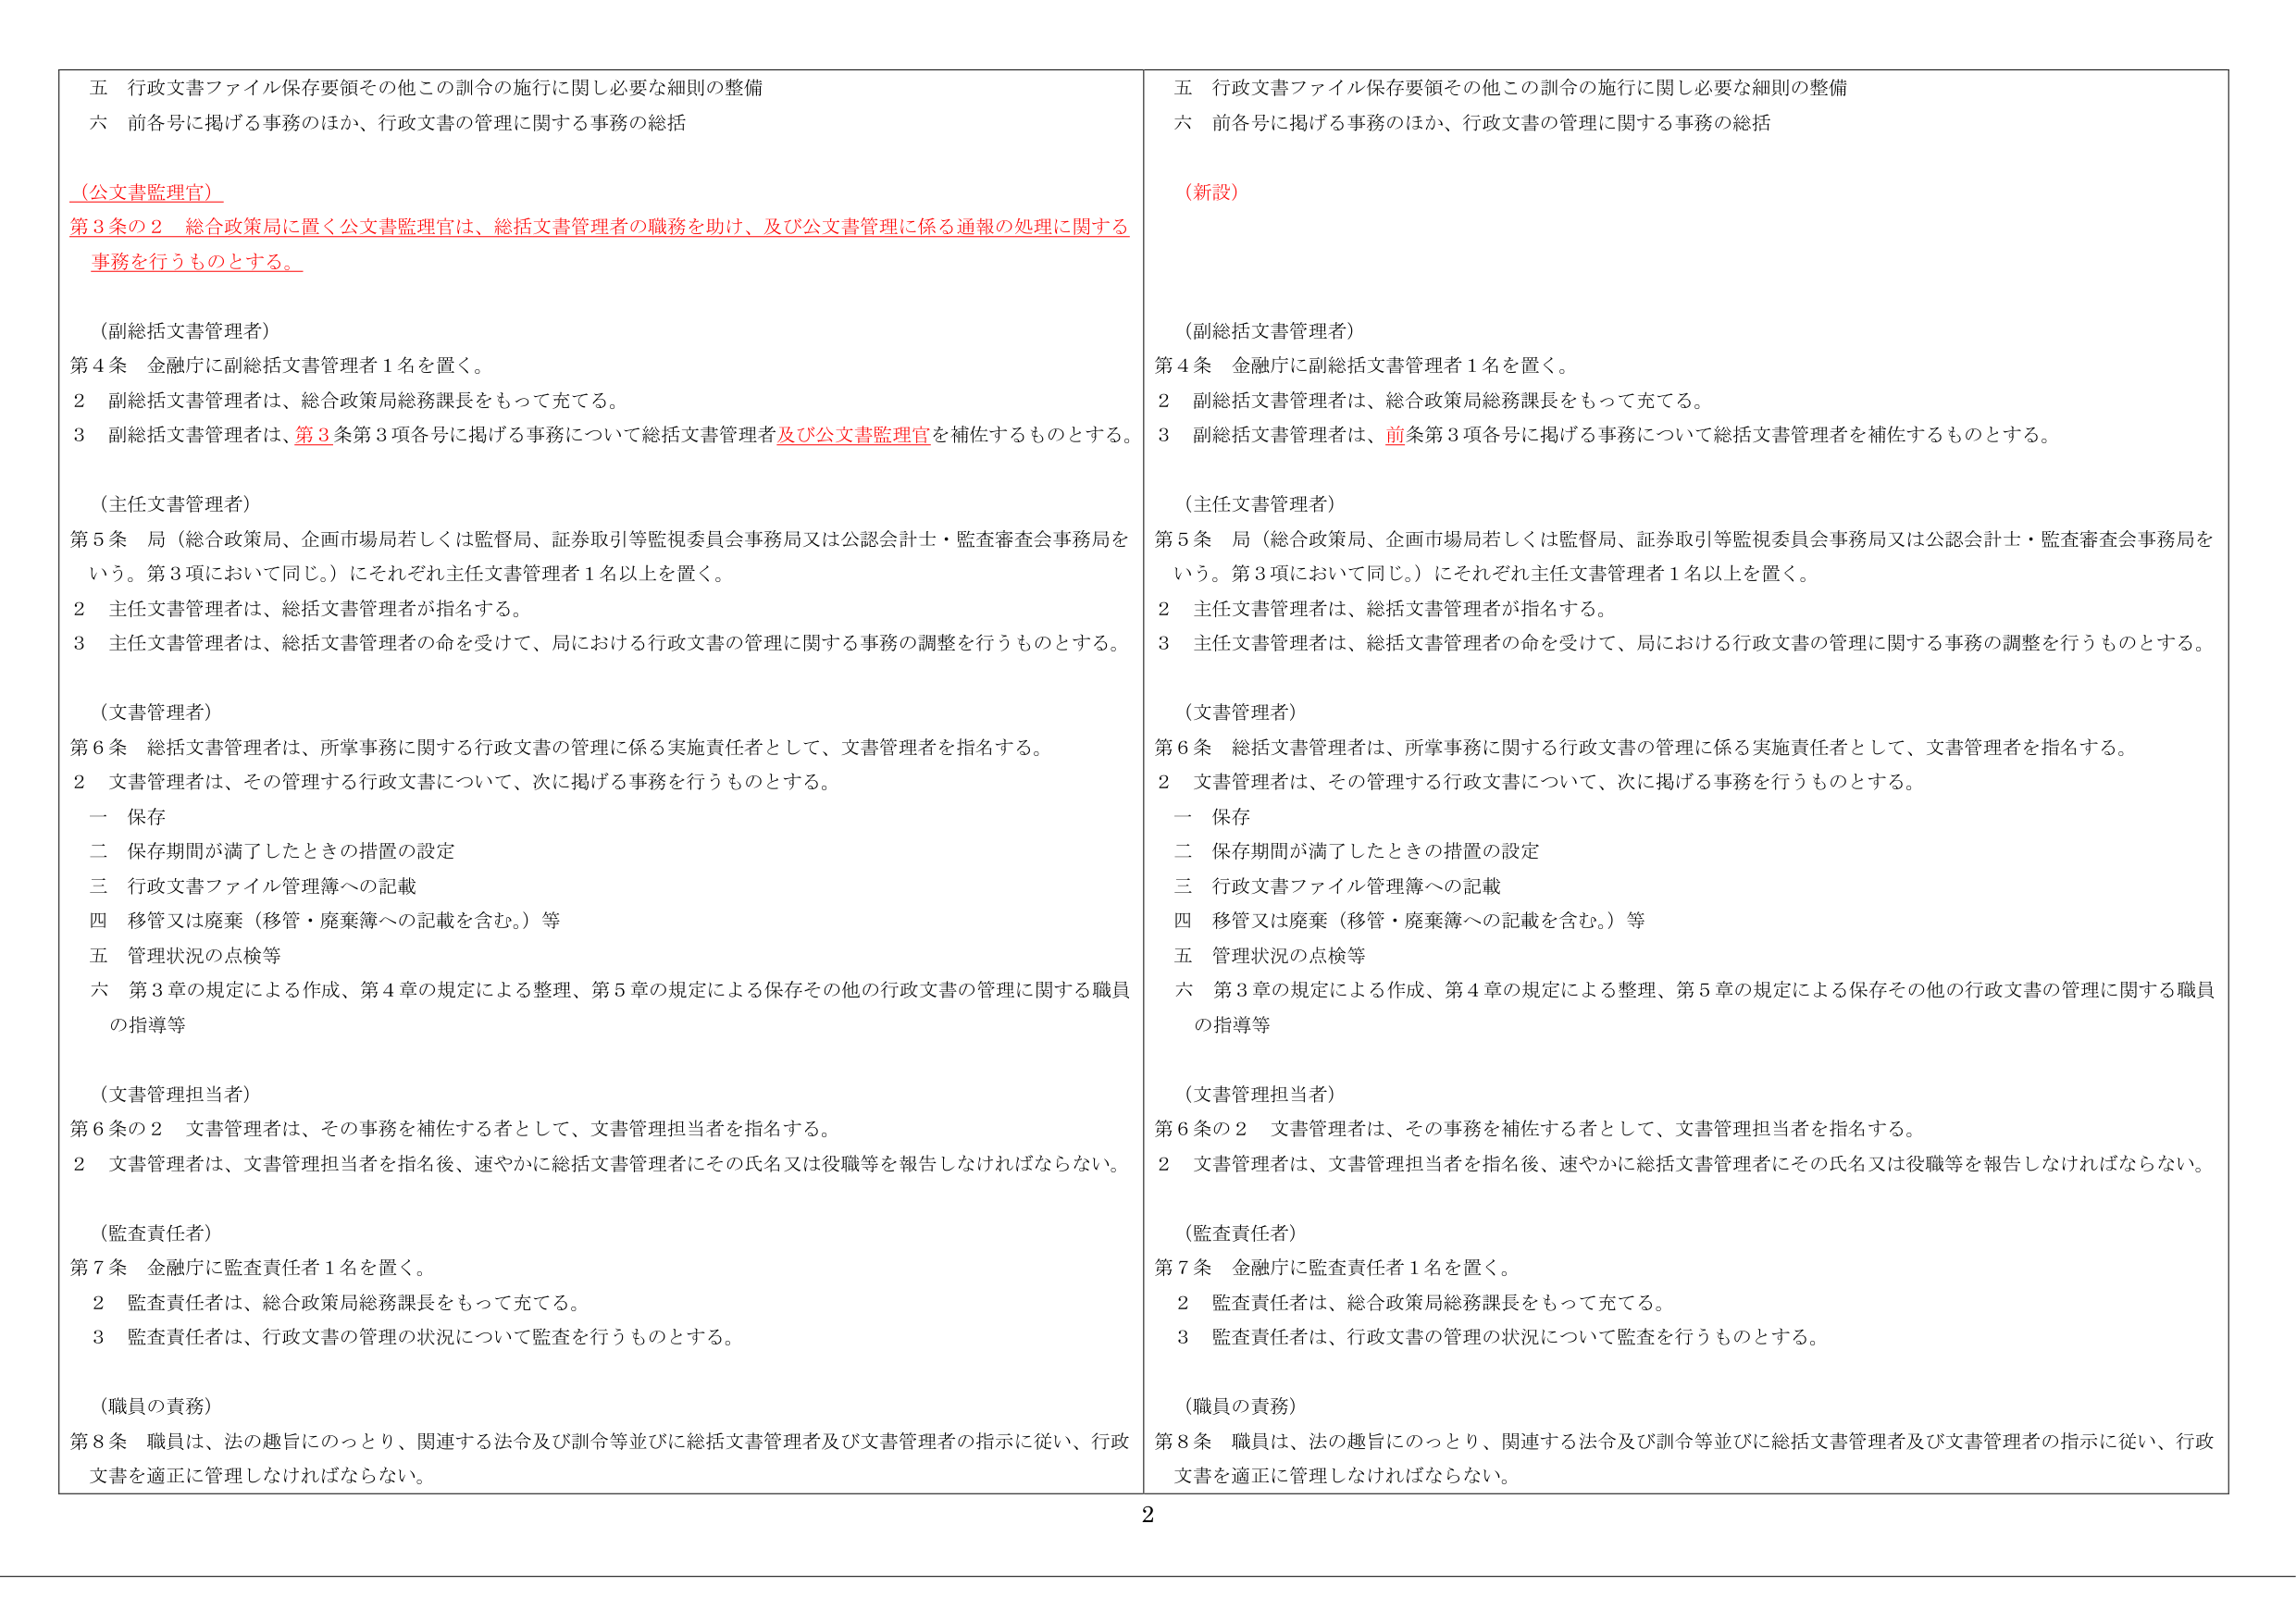
五 行政文書ファイル保存要領その他この訓令の施行に関し必要な細則の整備
六 前各号に掲げる事務のほか、行政文書の管理に関する事務の総括

（公文書監理官）
第3条の2 総合政策局に置く公文書監理官は、総括文書管理者の職務を助け、及び公文書管理に係る通報の処理に関する事務を行うものとする。

（副総括文書管理者）
第4条 金融庁に副総括文書管理者1名を置く。
2 副総括文書管理者は、総合政策局総務課長をもって充てる。
3 副総括文書管理者は、第3条第3項各号に掲げる事務について総括文書管理者及び公文書監理官を補佐するものとする。

（主任文書管理者）
第5条 局（総合政策局、企画市場局若しくは監督局、証券取引等監視委員会事務局又は公認会計士・監査審査会事務局をいう。第3項において同じ。）にそれぞれ主任文書管理者1名以上を置く。
2 主任文書管理者は、総括文書管理者が指名する。
3 主任文書管理者は、総括文書管理者の命を受けて、局における行政文書の管理に関する事務の調整を行うものとする。

（文書管理者）
第6条 総括文書管理者は、所掌事務に関する行政文書の管理に係る実施責任者として、文書管理者を指名する。
2 文書管理者は、その管理する行政文書について、次に掲げる事務を行うものとする。
　一 保存
　二 保存期間が満了したときの措置の設定
　三 行政文書ファイル管理簿への記載
　四 移管又は廃棄（移管・廃棄簿への記載を含む。）等
　五 管理状況の点検等
　六 第3章の規定による作成、第4章の規定による整理、第5章の規定による保存その他の行政文書の管理に関する職員の指導等

（文書管理担当者）
第6条の2 文書管理者は、その事務を補佐する者として、文書管理担当者を指名する。
2 文書管理者は、文書管理担当者を指名後、速やかに総括文書管理者にその氏名又は役職等を報告しなければならない。

（監査責任者）
第7条 金融庁に監査責任者1名を置く。
2 監査責任者は、総合政策局総務課長をもって充てる。
3 監査責任者は、行政文書の管理の状況について監査を行うものとする。

（職員の責務）
第8条 職員は、法の趣旨にのっとり、関連する法令及び訓令等並びに総括文書管理者及び文書管理者の指示に従い、行政文書を適正に管理しなければならない。

五 行政文書ファイル保存要領その他この訓令の施行に関し必要な細則の整備
六 前各号に掲げる事務のほか、行政文書の管理に関する事務の総括

（新設）

（副総括文書管理者）
第4条 金融庁に副総括文書管理者1名を置く。
2 副総括文書管理者は、総合政策局総務課長をもって充てる。
3 副総括文書管理者は、前条第3項各号に掲げる事務について総括文書管理者を補佐するものとする。

（主任文書管理者）
第5条 局（総合政策局、企画市場局若しくは監督局、証券取引等監視委員会事務局又は公認会計士・監査審査会事務局をいう。第3項において同じ。）にそれぞれ主任文書管理者1名以上を置く。
2 主任文書管理者は、総括文書管理者が指名する。
3 主任文書管理者は、総括文書管理者の命を受けて、局における行政文書の管理に関する事務の調整を行うものとする。

（文書管理者）
第6条 総括文書管理者は、所掌事務に関する行政文書の管理に係る実施責任者として、文書管理者を指名する。
2 文書管理者は、その管理する行政文書について、次に掲げる事務を行うものとする。
　一 保存
　二 保存期間が満了したときの措置の設定
　三 行政文書ファイル管理簿への記載
　四 移管又は廃棄（移管・廃棄簿への記載を含む。）等
　五 管理状況の点検等
　六 第3章の規定による作成、第4章の規定による整理、第5章の規定による保存その他の行政文書の管理に関する職員の指導等

（文書管理担当者）
第6条の2 文書管理者は、その事務を補佐する者として、文書管理担当者を指名する。
2 文書管理者は、文書管理担当者を指名後、速やかに総括文書管理者にその氏名又は役職等を報告しなければならない。

（監査責任者）
第7条 金融庁に監査責任者1名を置く。
2 監査責任者は、総合政策局総務課長をもって充てる。
3 監査責任者は、行政文書の管理の状況について監査を行うものとする。

（職員の責務）
第8条 職員は、法の趣旨にのっとり、関連する法令及び訓令等並びに総括文書管理者及び文書管理者の指示に従い、行政文書を適正に管理しなければならない。

2